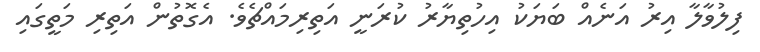
ފިލުވާލާ އިރު އަނެއް ބަޔަކު އިހުތިޔާރު ކުރަނީ އަތިރިމައްޗެވެ. އެގޮތުން އަތިރި މަތީގައި